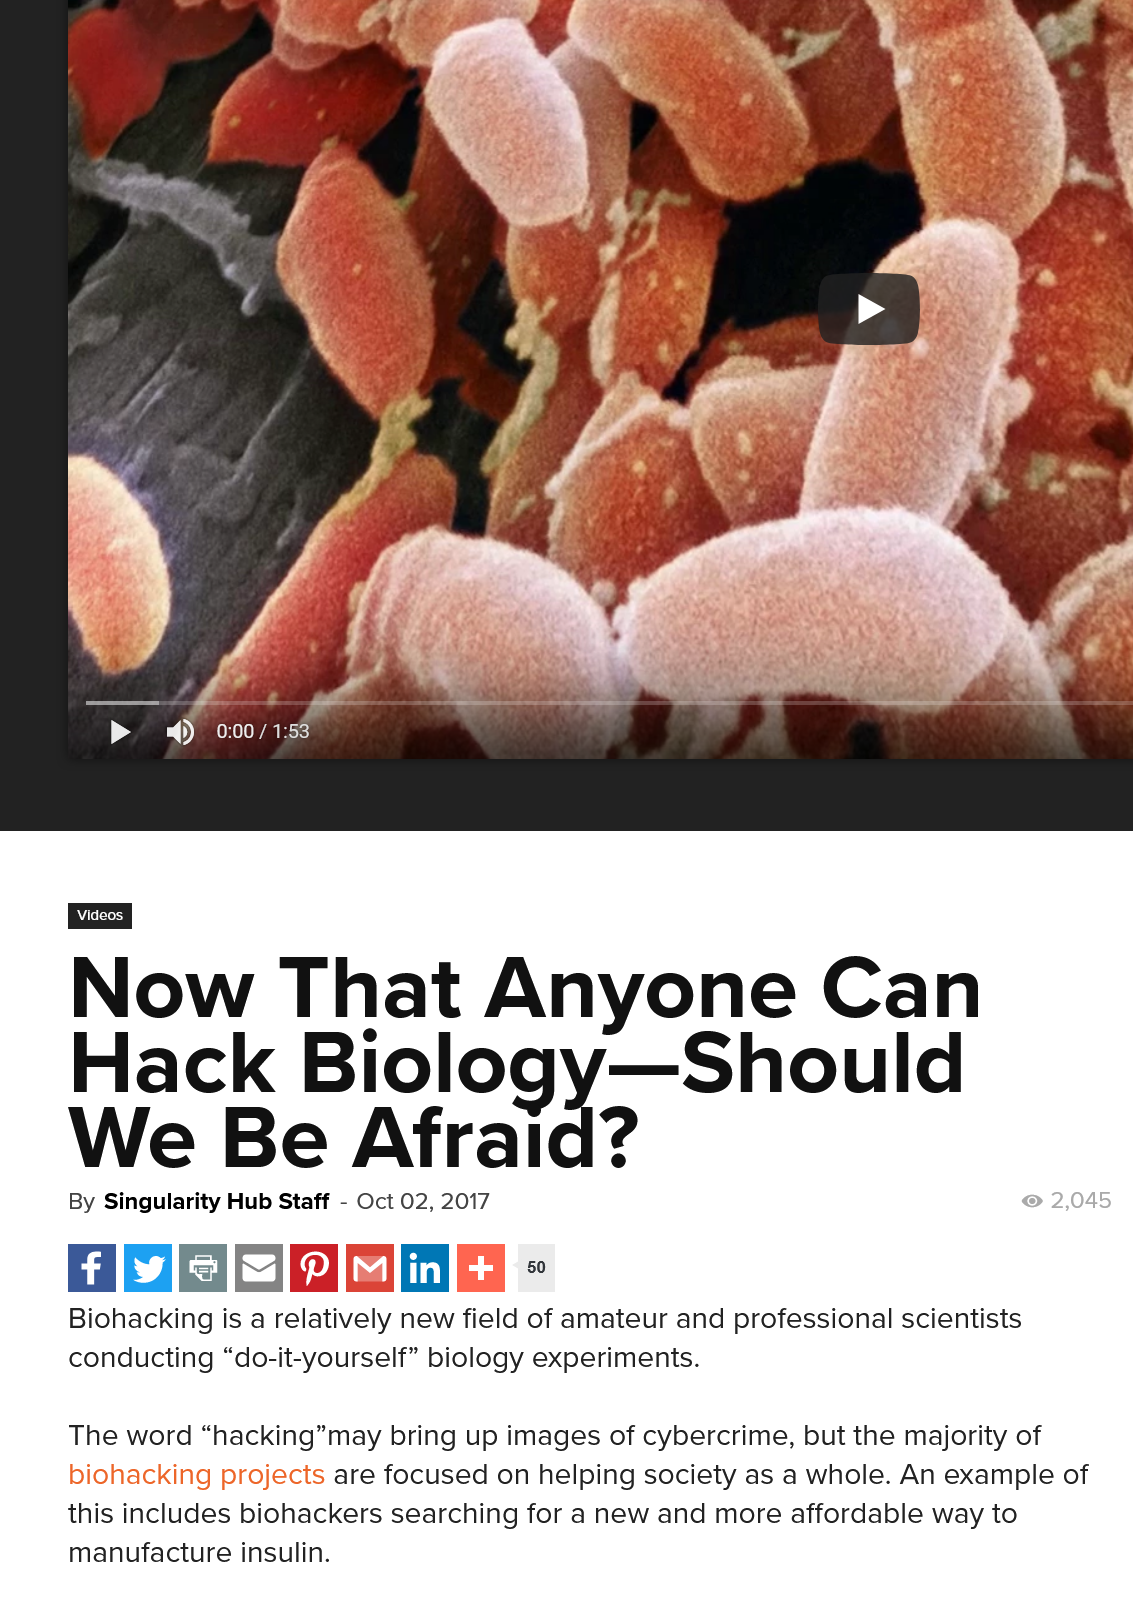
Now    That    Anyone    Can
     Hack    Biology—Should
     We    Be  Afraid?
     Biohacking is a relatively new field of amateur and professional scientists
     conducting “do-it-yourself” biology experiments.
     The word “hacking”may bring up images of cybercrime, but the majority of
     biohacking projects are focused on helping society as a whole. An example of
     this includes biohackers searching for a new and more affordable way to
     manufacture insulin.
     Wired
     By Singularity Hub Staff
     -
     Oct 02, 2017    2,045
     50